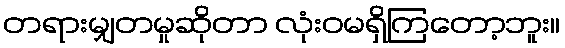
တရားမျှတမှုဆိုတာ လုံးဝမရှိကြတော့ဘူး။